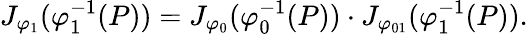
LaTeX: J_{\varphi_{1}}(\varphi_{1}^{-1}(P))=J_{\varphi_{0}}(\varphi_{0}^{-1}(P))\cdot J_{\varphi_{01}}(\varphi_{1}^{-1}(P)).